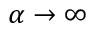
\alpha \to \infty